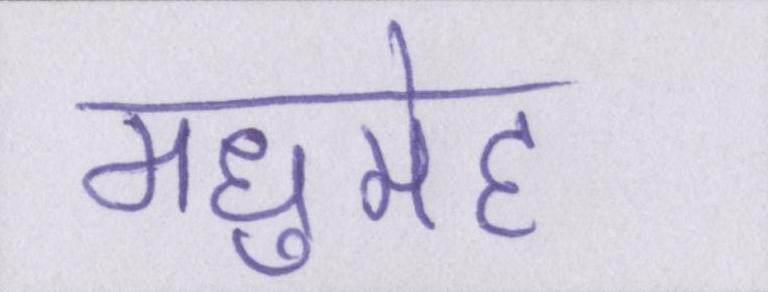
मधुमेह